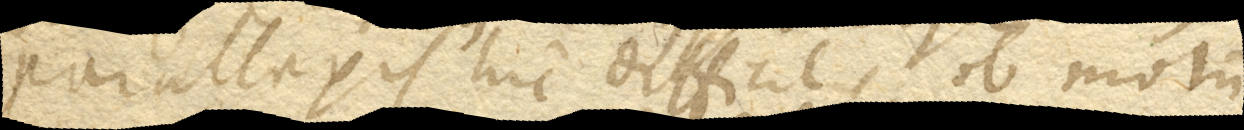
Parallaxis hic difficilis, ob motum